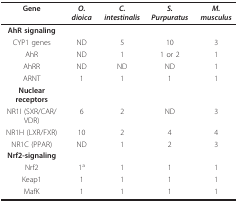
<table><thead><tr><td><b>Gene</b></td><td><b><i>O. dioica</i></b></td><td><b><i>C. intestinalis</i></b></td><td><b><i>S. Purpuratus</i></b></td><td><b><i>M. musculus</i></b></td></tr></thead><tbody><tr><td><b>AhR signaling</b></td><td></td><td></td><td></td><td></td></tr><tr><td>CYP1 genes</td><td>ND</td><td>5</td><td>10</td><td>3</td></tr><tr><td>AhR</td><td>ND</td><td>1</td><td>1 or 2</td><td>1</td></tr><tr><td>AhRR</td><td>ND</td><td>ND</td><td>ND</td><td>1</td></tr><tr><td>ARNT</td><td>1</td><td>1</td><td>1</td><td>1</td></tr><tr><td><b>Nuclear receptors</b></td><td></td><td></td><td></td><td></td></tr><tr><td>NR1I (SXR/CAR/VDR)</td><td>6</td><td>2</td><td>ND</td><td>3</td></tr><tr><td>NR1H (LXR/FXR)</td><td>10</td><td>2</td><td>4</td><td>4</td></tr><tr><td>NR1C (PPAR)</td><td>ND</td><td>1</td><td>2</td><td>3</td></tr><tr><td><b>Nrf2-signaling</b></td><td></td><td></td><td></td><td></td></tr><tr><td>Nrf2</td><td>1<sup>a</sup></td><td>1</td><td>1</td><td>1</td></tr><tr><td>Keap1</td><td>1</td><td>1</td><td>1</td><td>1</td></tr><tr><td>MafK</td><td>1</td><td>1</td><td>1</td><td>1</td></tr></tbody></table>